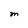
Character: M